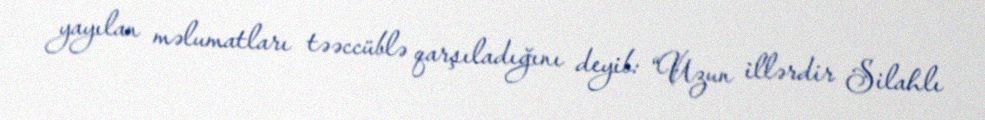
yayılan məlumatları təəccüblə qarşıladığını deyib: “Uzun illərdir Silahlı